Indian Civil Veterinary Department memoirs
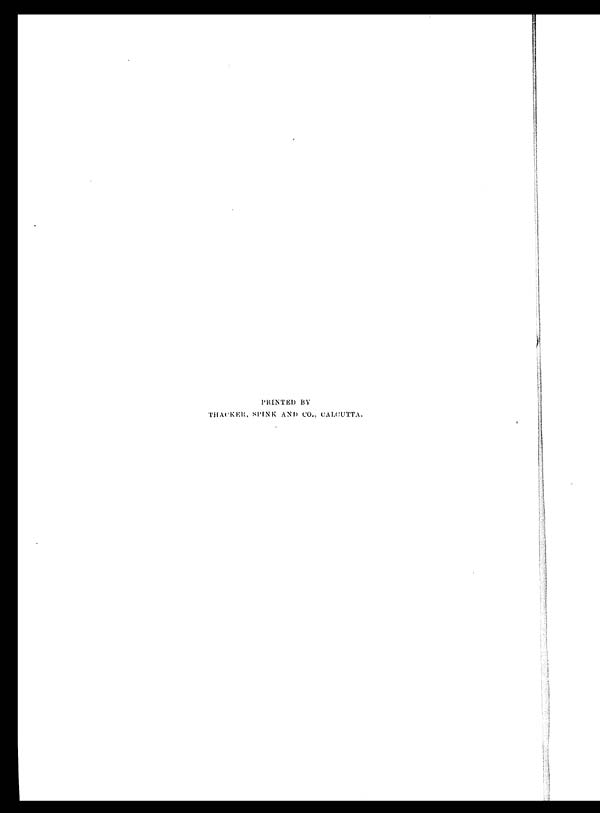
PRINTED BY
THACKER, SPINK AND CO., CALCUTTA.